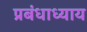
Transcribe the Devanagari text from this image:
प्रबंधाध्याय